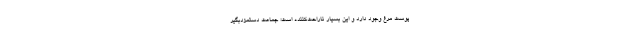
پوست مرغ وجود دارد و این بسیار ناراحت‌کننده است؛ جماعت دستمزدبگیرِ